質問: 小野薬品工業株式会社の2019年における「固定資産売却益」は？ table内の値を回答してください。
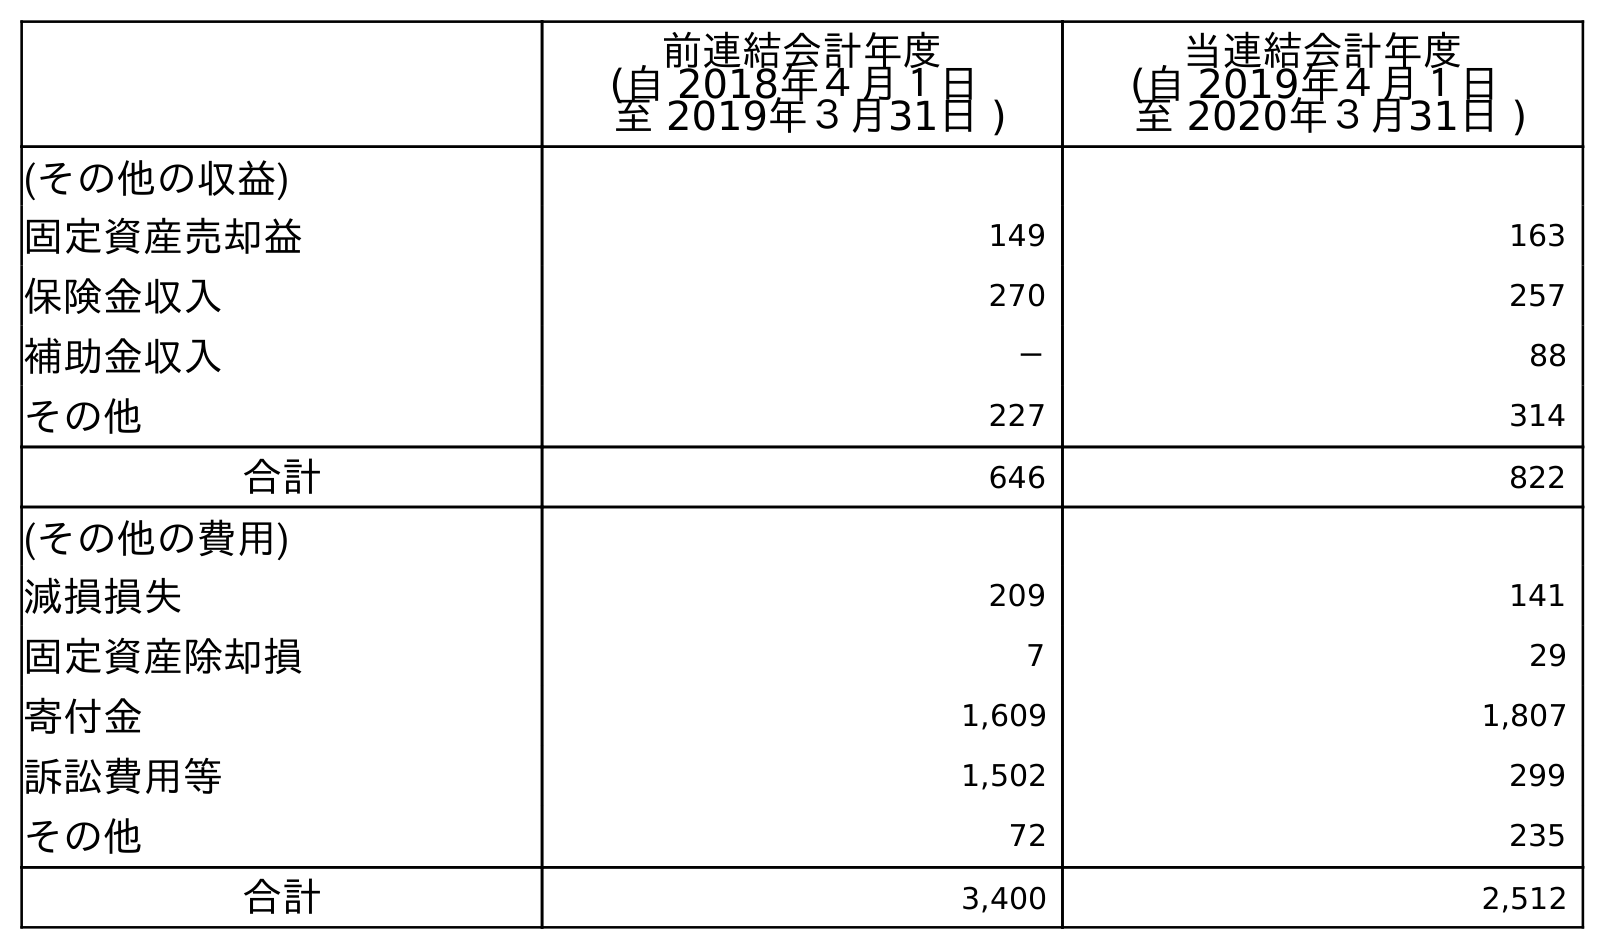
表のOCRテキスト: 前連結会計年度 (自 2018年４月１日 至 2019年３月31日 ) 当連結会計年度 (自 2019年４月１日 至 2020年３月31日 ) (その他の収益) 固定資産売却益 149 163 保険金収入 270 257 補助金収入 － 88 その他 227 314 合計 646 822 (その他の費用) 減損損失 209 141 固定資産除却損 7 29 寄付金 1,609 1,807 訴訟費用等 1,502 299 その他 72 235 合計 3,400 2,512
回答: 149